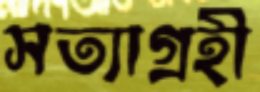
সত্যাগ্রহী